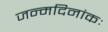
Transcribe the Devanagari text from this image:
जन्मदिनांकः